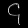
Digit: ၄